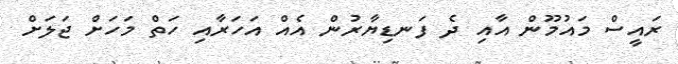
ރައީސް މައުމޫން އާއި ދެ ފަނޑިޔާރުން އެއް އަހަރާއި ހަތް މަހަށް ޖަލަށް